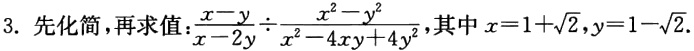
3. 先化简，再求值：$\frac{x - y}{x - 2y} \div \frac{x^{2} - y^{2}}{x^{2} - 4xy + 4y^{2}}$，其中$x = 1 + \sqrt{2},y = 1 - \sqrt{2}$.